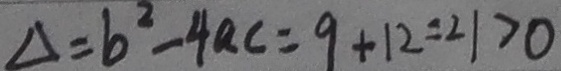
\Delta = b ^ { 2 } - 4 a c = 9 + 1 2 = 2 1 > 0